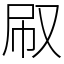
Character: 㕞